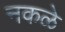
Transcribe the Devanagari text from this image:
नकळे